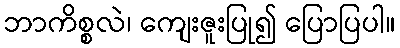
ဘာကိစ္စလဲ၊ ကျေးဇူးပြု၍ ပြောပြပါ။